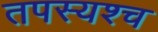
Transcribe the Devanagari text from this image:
तपस्यश्च